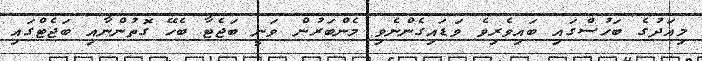
މިއަދުގެ ބަހުސްގައި ބައިވެރިވެ ވަޑައިގެންނެވި މެންބަރުން ވަނީ ބަޖެޓާ ބެހޭ ގޮތުންނާއި ބަޖެޓްގައި